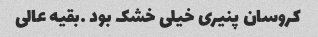
کروسان پنیری خیلی خشک بود …بقیه عالی